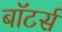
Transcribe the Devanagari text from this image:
बॉटर्स